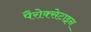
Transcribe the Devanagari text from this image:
पैरोक्सेटाइन